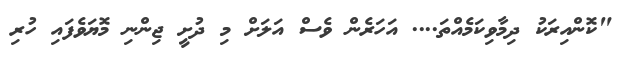
"ކޮންއިރަކު ދިމާވިކަމެއްތަ.... އަހަރެން ވެސް އަލަށް މި ދުށީ ޖިންނި މޮޔަވެފައި ހުރި